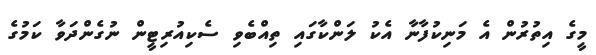
މީގެ އިތުރުން އެ މަނިކުފާނާ އެކު ލަންކާގައި ތިއްބެވި ސެކިއުރިޓީން ނުގެންދަވާ ކަމުގެ